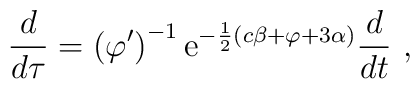
\frac{d}{d\tau} = \left(\varphi'\right)^{-1}{\rm e}^{-\frac12(c\beta + \varphi +  3\alpha)}\frac{d}{dt} \ ,